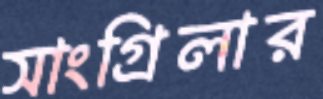
সাংগ্রিলার